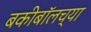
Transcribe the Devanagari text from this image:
बकीबॉलच्या